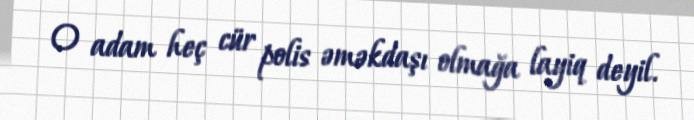
O adam heç cür polis əməkdaşı olmağa layiq deyil.